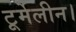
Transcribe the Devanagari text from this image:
टूर्मेलीन।